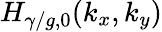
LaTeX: H_{\gamma/g,0}(k_{x},k_{y})